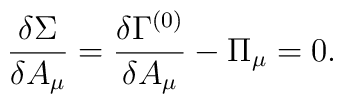
\frac{\delta  \Sigma}{\delta A_\mu} =\frac{\delta  \Gamma^{(0)}}{\delta A_\mu} - \Pi_\mu = 0.